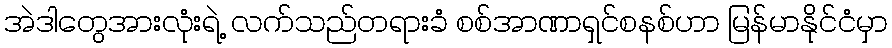
အဲဒါတွေအားလုံးရဲ့ လက်သည်တရားခံ စစ်အာဏာရှင်စနစ်ဟာ မြန်မာနိုင်ငံမှာ